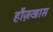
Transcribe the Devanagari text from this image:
हौज़खास